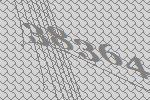
38364